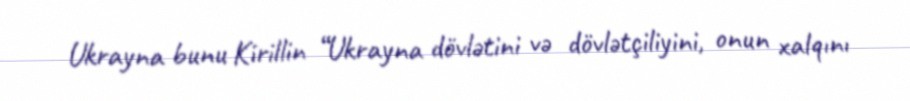
Ukrayna bunu Kirillin “Ukrayna dövlətini və dövlətçiliyini, onun xalqını